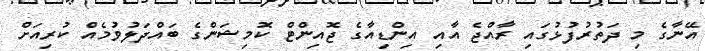
އޭނާގެ މި ދަތުރުފުޅުގައި ރާއްޖެ އާއި އިންޑިއާގެ ޖޮއިންޓް ކޮމިޝަންގެ ބައްދަލުވުމެއް ކުރިއަށް